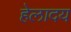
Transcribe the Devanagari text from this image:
हेलादय